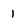
Character: 1